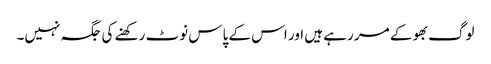
لوگ بھوکے مر رہے ہیں اور اس کے پاس نوٹ رکھنے کی جگہ نہیں۔